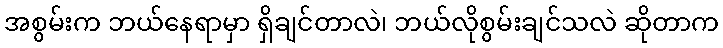
အစွမ်းက ဘယ်နေရာမှာ ရှိချင်တာလဲ၊ ဘယ်လိုစွမ်းချင်သလဲ ဆိုတာက